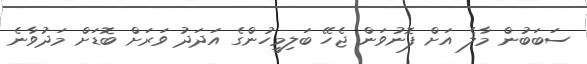
ސަބަބުން މާލެ އަށް ފޮނުވަން ޖެހޭ ބަލިމީހުންގެ އަދަދު ވަރަށް ބޮޑަށް މަދުވާނެ